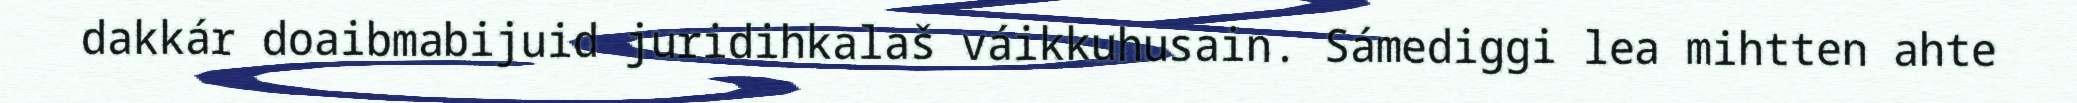
dakkár doaibmabijuid juridihkalaš váikkuhusain. Sámediggi lea mihtten ahte